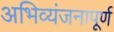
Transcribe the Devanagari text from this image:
अभिव्यंजनापूर्ण